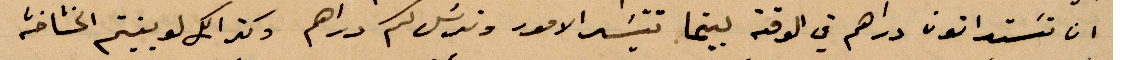
ان تستدانون دراهم في الوقت بينما تتيسر الأمور ونرسل لكم دراهم وكذلك لو بنيتم الخشاخشة